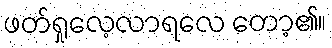
ဖတ်ရှုလေ့လာရလေ တော့၏။